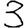
Digit: 3